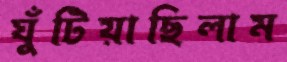
ঘুঁটিয়াছিলাম